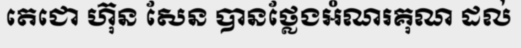
តេជោ ហ៊ុន សែន បានថ្លែងអំណរគុណ ដល់